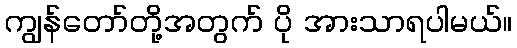
ကျွန်တော်တို့အတွက် ပို အားသာရပါမယ်။